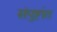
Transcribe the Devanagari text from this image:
संपुष्टांत